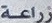
زراعة